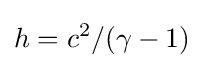
h=c^{2}/(\gamma -1)